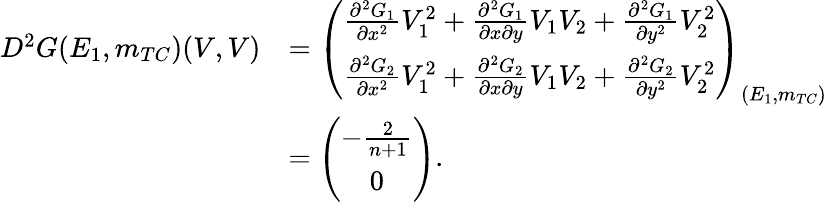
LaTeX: \begin{array}{rl}{D^{2}G(E_{1},m_{TC})(V,V)}&{=\left(\begin{array}{c}{\frac{{\partial}^{2}{G}_{1}}{\partial{x}^{2}}V_{1}^{2}+\frac{{\partial}^{2}{G}_{1}}{\partial{x}\partial{y}}V_{1}V_{2}+\frac{{\partial}^{2}{G}_{1}}{\partial{y}^{2}}V_{2}^{2}}\\ {\frac{{\partial}^{2}{G}_{2}}{\partial{x}^{2}}V_{1}^{2}+\frac{{\partial}^{2}{G}_{2}}{\partial{x}\partial{y}}V_{1}V_{2}+\frac{{\partial}^{2}{G}_{2}}{\partial{y}^{2}}V_{2}^{2}}\end{array}\right)_{(E_{1},m_{TC})}}\\ &{=\left(\begin{array}{c}{-\frac{2}{n+1}}\\ {0}\end{array}\right).}\end{array}